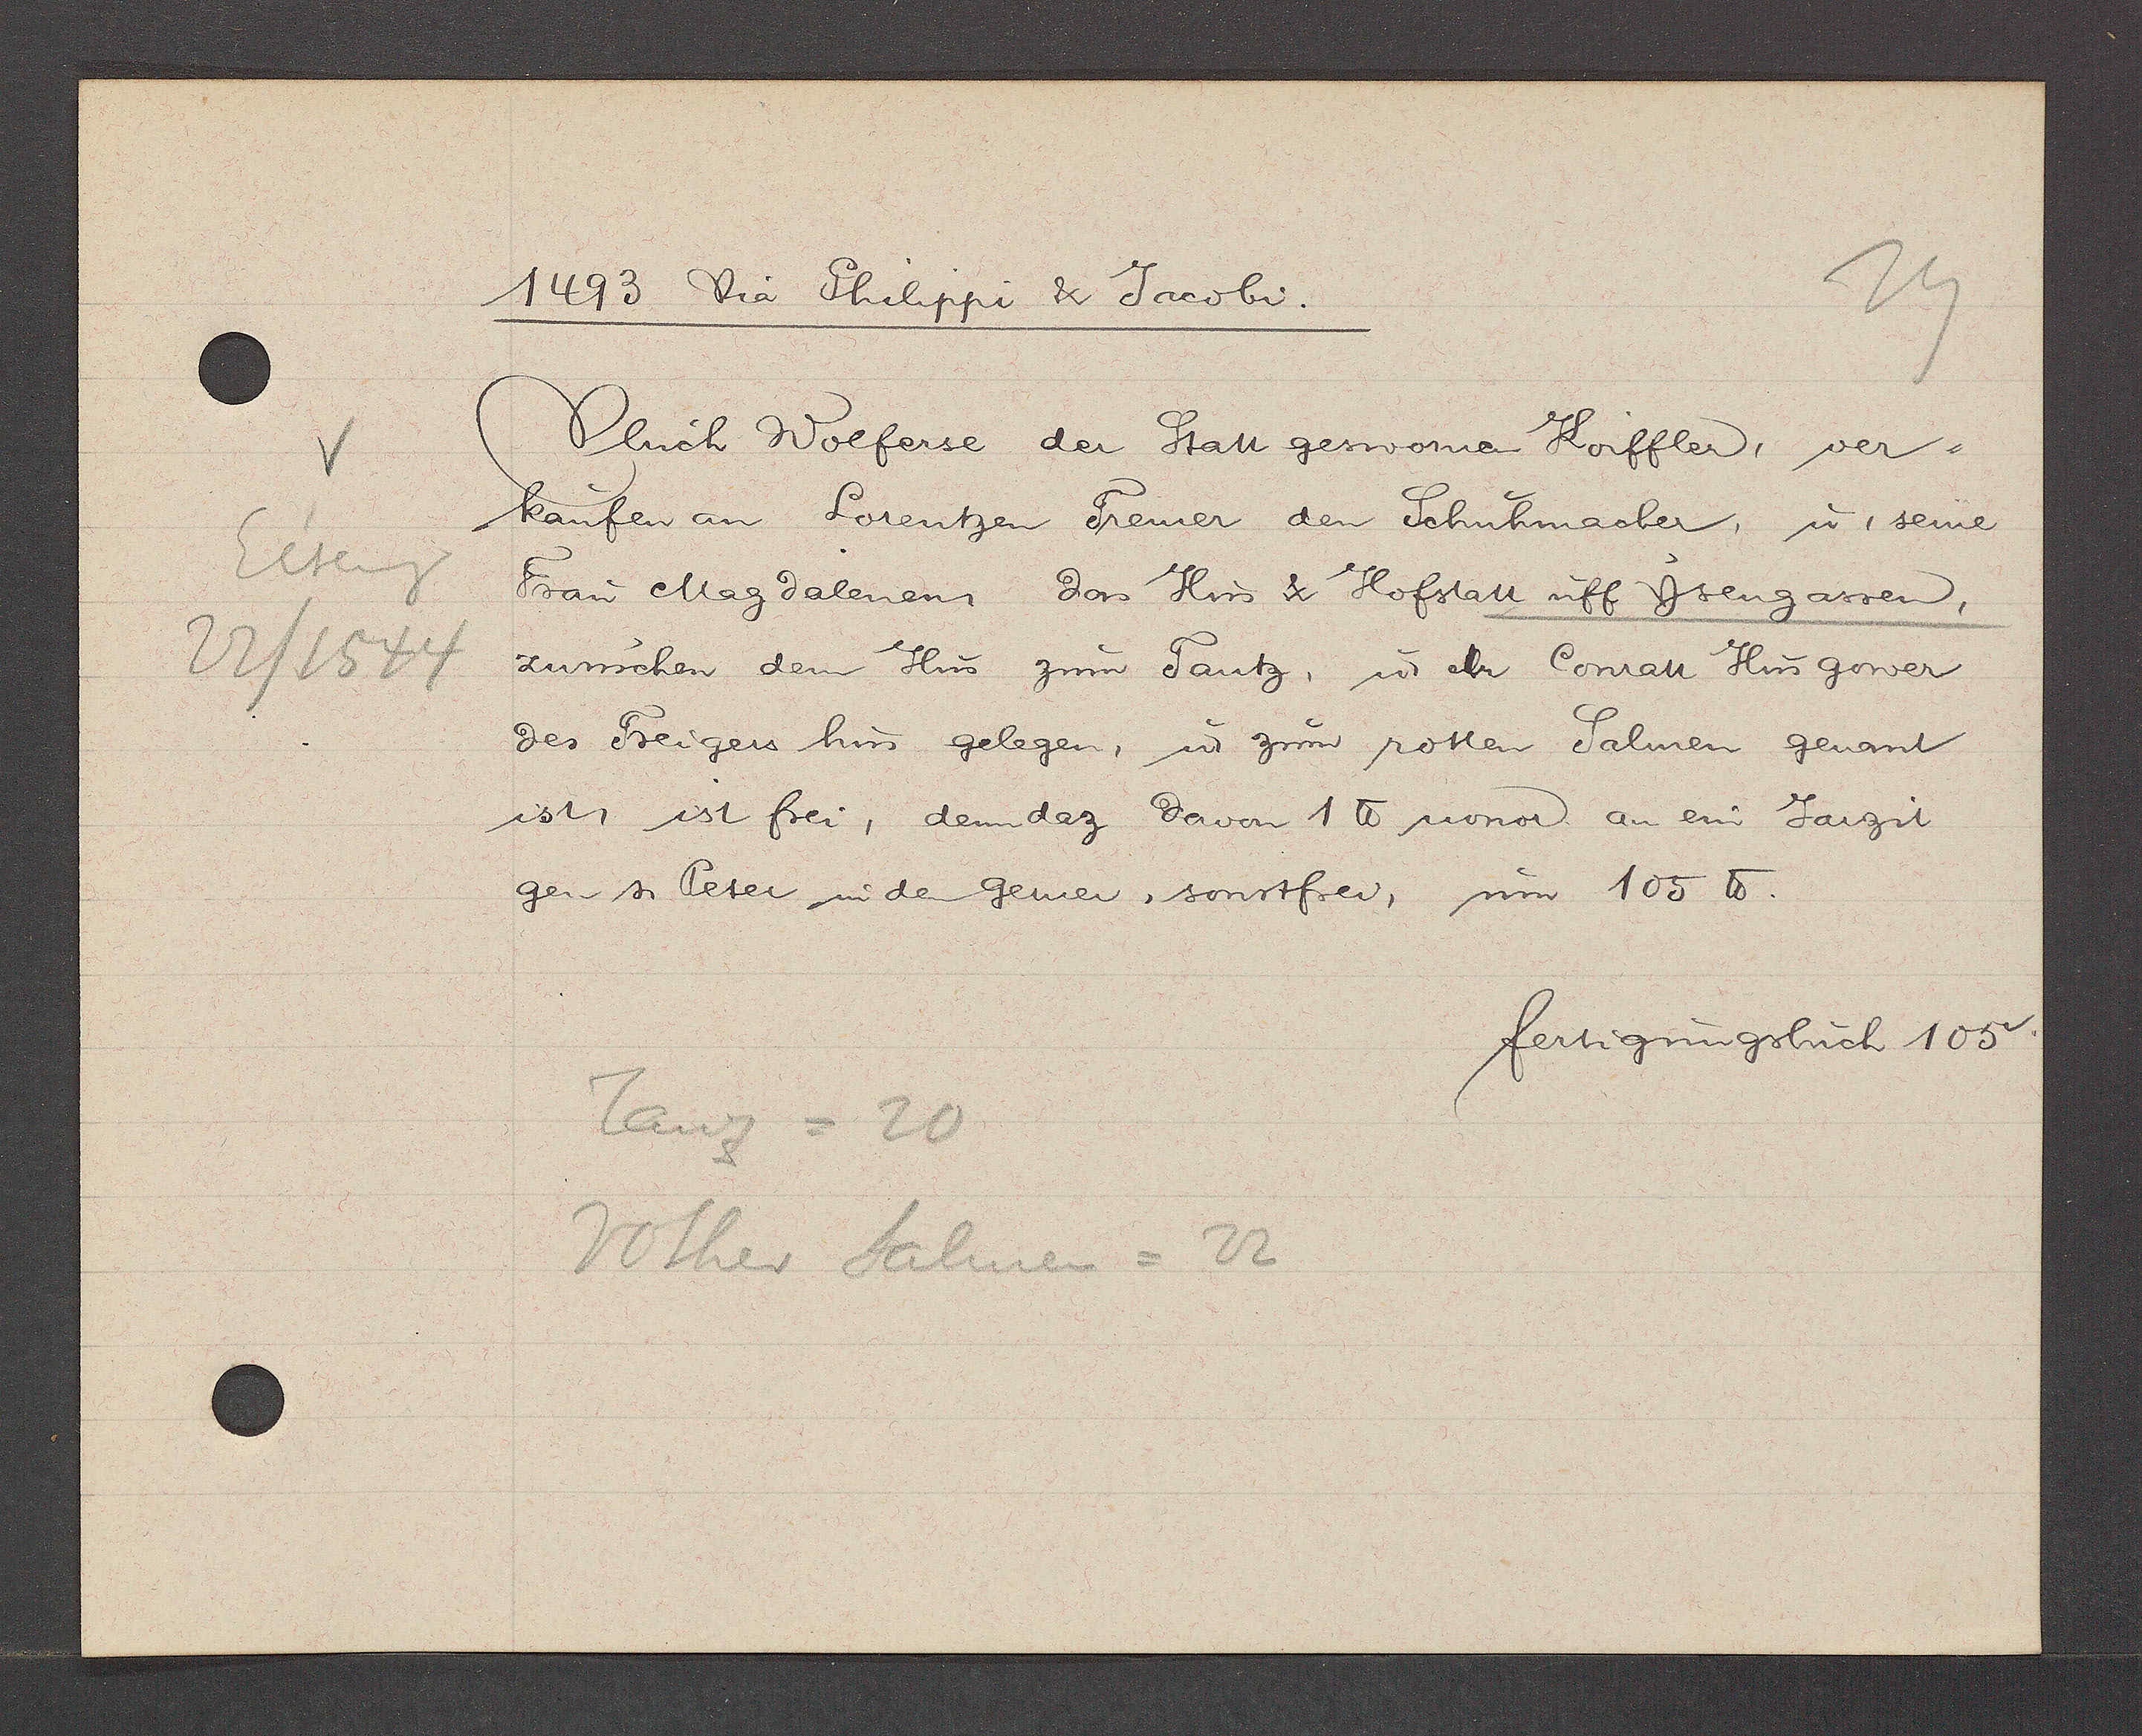
Transcript:
Eiseng
22/ 1544

1493 Dia Philippi & Jacobi.
Ulrich Wolferse der Statt geswornen koiffler, ver-
kaufen an Lorentzen Tremer den Schuhmacher, u. seine
Frau Magdalenen, das Hus & Hofstatt uff Ysengassen,
zwuschen dem Hus zum Tantz, ư elr Conratt Husgower
des Treigers hus gelegen, u. zum rotten Salmen genant
ist, ist frei, denn daz davon 1 ℔ uonor an ein Jarzit
gen s. Peter in den Gerner, sonstfrei, um 105 ℔.
fertigungsbuch 105v.
Tanz= 20
Rother Salmen = 22